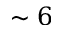
\sim 6